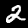
Label: 2